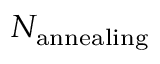
N _ { \mathrm { a n n e a l i n g } }